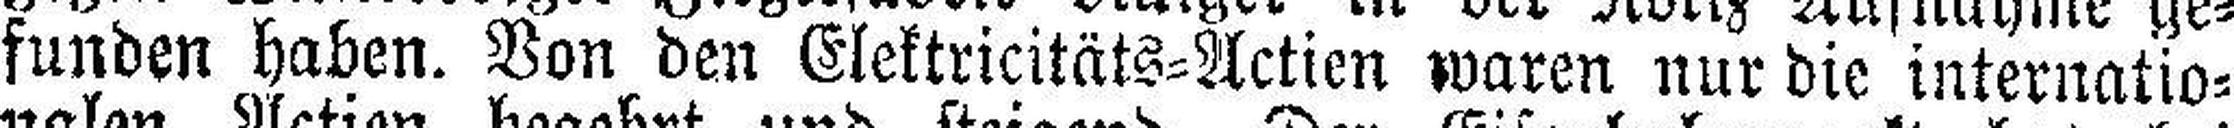
funden haben. Von den Elektricitäts=Actien waren nur die internatio¬